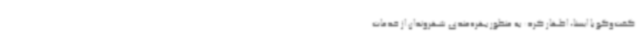
گفت‌وگو با ایسنا، اظهار کرد: به منظور بهره‌مندی شهروندان از خدمات